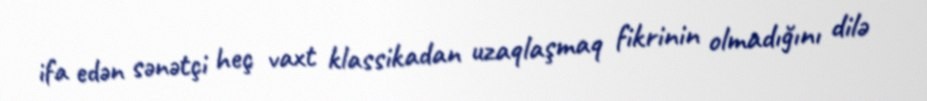
ifa edən sənətçi heç vaxt klassikadan uzaqlaşmaq fikrinin olmadığını dilə